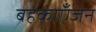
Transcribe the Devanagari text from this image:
बहकाएँजन